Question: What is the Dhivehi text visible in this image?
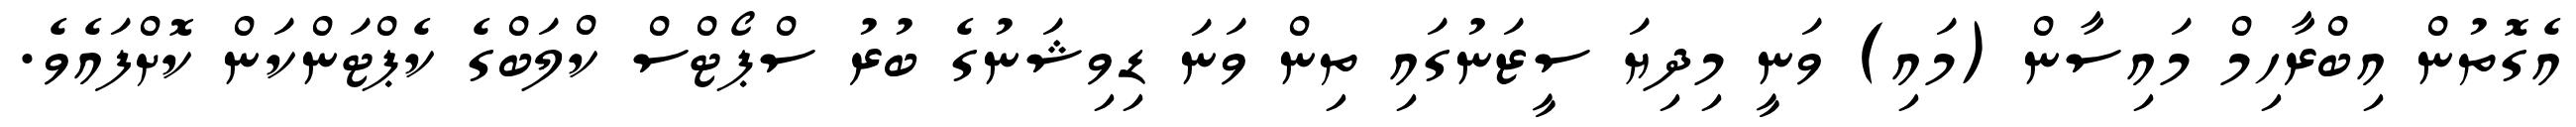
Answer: އެގޮތުން އިބްރާހިމް މައިސާން (މައި) ވަނީ މިދިޔަ ސީޒަނުގައި ތިން ވަނަ ޑިވިޝަނުގެ ބުރު ސްޕޯޓްސް ކްލަބްގެ ކެޕްޓަންކަން ކޮށްފައެވެ.